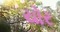
યોર